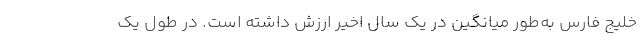
خلیج فارس به‌طور میانگین در یک سال اخیر ارزش داشته است. در طول یک